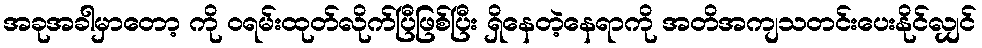
အခုအခါမှာတော့ ကို ဝရမ်းထုတ်လိုက်ပြီဖြစ်ပြီး ရှိနေတဲ့နေရာကို အတိအကျသတင်းပေးနိုင်လျှင်